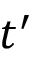
t ^ { \prime }